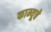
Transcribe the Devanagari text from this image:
काम्यूचे